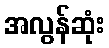
အလွန်ဆုံး